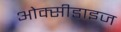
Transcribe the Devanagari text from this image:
ओक्सीडाइज